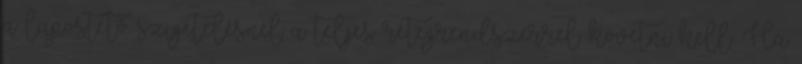
a lapostető szigetelésnél a teljes rétegrendszerrel követni kell. Ha